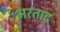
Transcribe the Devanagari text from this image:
भरताद